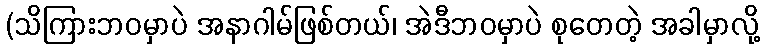
(သိကြားဘဝမှာပဲ အနာဂါမ်ဖြစ်တယ်၊ အဲဒီဘဝမှာပဲ စုတေတဲ့ အခါမှာလို့